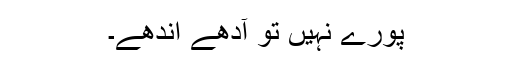
پورے نہیں تو آدھے اندھے۔